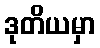
ဒုတိယမှာ